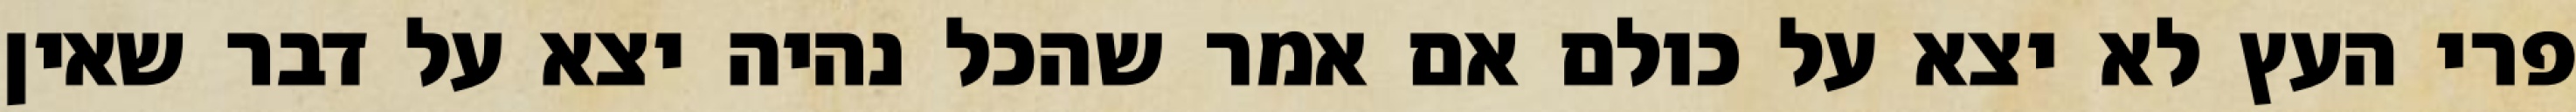
פרי העץ לא יצא על כולם אם אמר שהכל נהיה יצא על דבר שאין